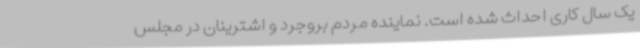
یک سال کاری احداث شده است. نماینده مردم بروجرد و اشترینان در مجلس